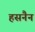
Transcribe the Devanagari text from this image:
हसनैन